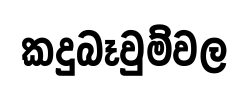
කදුබෑවුම්වල